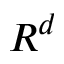
R ^ { d }